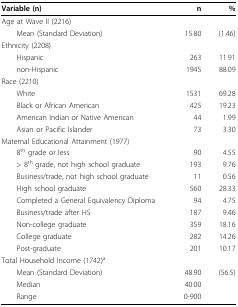
<table><thead><tr><td><b>Variable (n)</b></td><td><b>n</b></td><td><b>%</b></td></tr></thead><tbody><tr><td>Age at Wave II (2216)</td><td></td><td></td></tr><tr><td> Mean (Standard Deviation)</td><td>15.80</td><td>(1.46)</td></tr><tr><td>Ethnicity (2208)</td><td></td><td></td></tr><tr><td> Hispanic</td><td>263</td><td>11.91</td></tr><tr><td> non-Hispanic</td><td>1945</td><td>88.09</td></tr><tr><td>Race (2210)</td><td></td><td></td></tr><tr><td> White</td><td>1531</td><td>69.28</td></tr><tr><td> Black or African American</td><td>425</td><td>19.23</td></tr><tr><td> American Indian or Native American</td><td>44</td><td>1.99</td></tr><tr><td> Asian or Pacific Islander</td><td>73</td><td>3.30</td></tr><tr><td>Maternal Educational Attainment (1977)</td><td></td><td></td></tr><tr><td> 8<sup>th </sup>grade or less</td><td>90</td><td>4.55</td></tr><tr><td> &gt; 8<sup>th </sup>grade, not high school graduate</td><td>193</td><td>9.76</td></tr><tr><td> Business/trade, not high school graduate</td><td>11</td><td>0.56</td></tr><tr><td> High school graduate</td><td>560</td><td>28.33</td></tr><tr><td> Completed a General Equivalency Diploma</td><td>94</td><td>4.75</td></tr><tr><td> Business/trade after HS</td><td>187</td><td>9.46</td></tr><tr><td> Non-college graduate</td><td>359</td><td>18.16</td></tr><tr><td> College graduate</td><td>282</td><td>14.26</td></tr><tr><td> Post-graduate</td><td>201</td><td>10.17</td></tr><tr><td>Total Household Income (1742)<sup>a</sup></td><td></td><td></td></tr><tr><td> Mean (Standard Deviation)</td><td>48.90</td><td>(56.5)</td></tr><tr><td> Median</td><td>40.00</td><td></td></tr><tr><td> Range</td><td>0-900</td><td></td></tr></tbody></table>